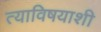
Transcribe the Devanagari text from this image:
त्याविषयाशी